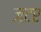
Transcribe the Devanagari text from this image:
ज़टर